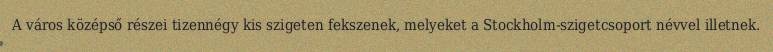
A város középső részei tizennégy kis szigeten fekszenek, melyeket a Stockholm-szigetcsoport névvel illetnek.